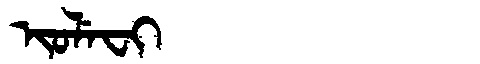
Manchu: ᡳᠣᠯᡝᠸᡳ
Romanization: IOLEFI